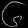
Digit: ၆